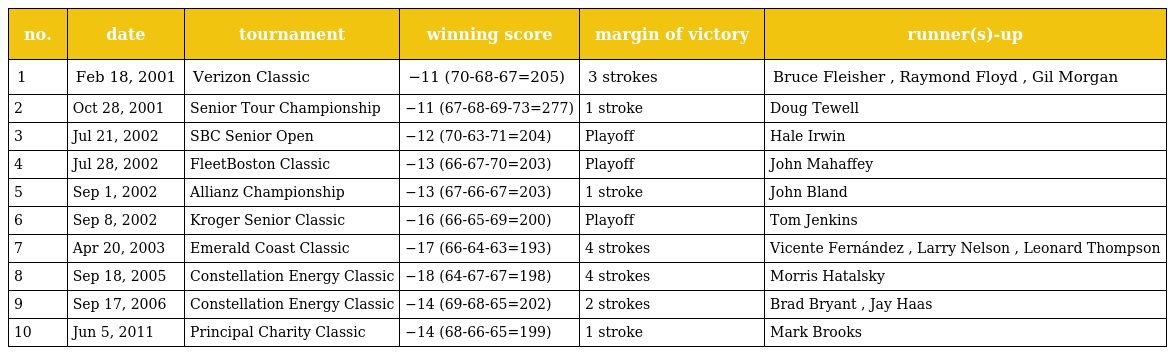
| no. | date | tournament | winning score | margin of victory | runner(s)-up |
 | --- | --- | --- | --- | --- | --- |
 | 1 | Feb 18, 2001 | Verizon Classic | −11 (70-68-67=205) | 3 strokes | Bruce Fleisher , Raymond Floyd , Gil Morgan |
 | 2 | Oct 28, 2001 | Senior Tour Championship | −11 (67-68-69-73=277) | 1 stroke | Doug Tewell |
 | 3 | Jul 21, 2002 | SBC Senior Open | −12 (70-63-71=204) | Playoff | Hale Irwin |
 | 4 | Jul 28, 2002 | FleetBoston Classic | −13 (66-67-70=203) | Playoff | John Mahaffey |
 | 5 | Sep 1, 2002 | Allianz Championship | −13 (67-66-67=203) | 1 stroke | John Bland |
 | 6 | Sep 8, 2002 | Kroger Senior Classic | −16 (66-65-69=200) | Playoff | Tom Jenkins |
 | 7 | Apr 20, 2003 | Emerald Coast Classic | −17 (66-64-63=193) | 4 strokes | Vicente Fernández , Larry Nelson , Leonard Thompson |
 | 8 | Sep 18, 2005 | Constellation Energy Classic | −18 (64-67-67=198) | 4 strokes | Morris Hatalsky |
 | 9 | Sep 17, 2006 | Constellation Energy Classic | −14 (69-68-65=202) | 2 strokes | Brad Bryant , Jay Haas |
 | 10 | Jun 5, 2011 | Principal Charity Classic | −14 (68-66-65=199) | 1 stroke | Mark Brooks |